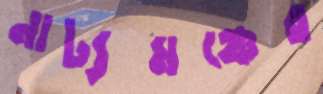
নাট্যমঞ্চের